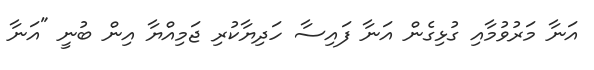
އަނާ މަރުވުމާއި ގުޅިގެން އަނާ ފައިސާ ހަދިޔާކުރި ޖަމިއްޔާ އިން ބުނީ "އަނާ